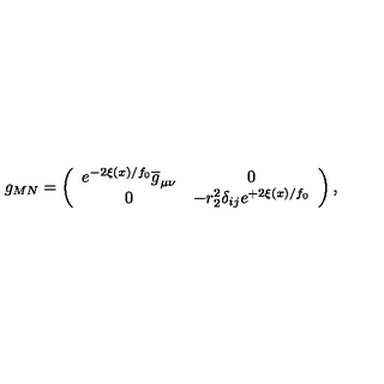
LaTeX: g _ { M N } = \left( \begin{array} { c c } { e ^ { - 2 \xi ( x ) / f _ { 0 } } \overline { { g } } _ { \mu \nu } } & { 0 } \\ { 0 } & { - r _ { 2 } ^ { 2 } \delta _ { i j } e ^ { + 2 \xi ( x ) / f _ { 0 } } } \\ \end{array} \right) ,